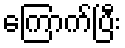
ကြောက်ပြီး